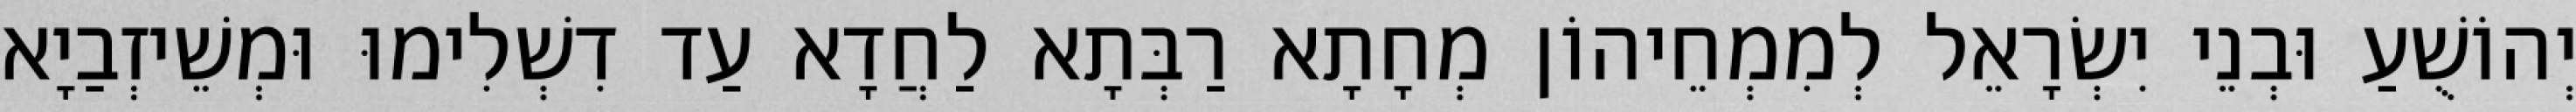
יְהוֹשֻׁעַ וּבְנֵי יִשְׂרָאֵל לְמִמְחֵיהוֹן מְחָתָא רַבְּתָא לַחֲדָא עַד דִשְׁלִימוּ וּמְשֵׁיזְבַיָא